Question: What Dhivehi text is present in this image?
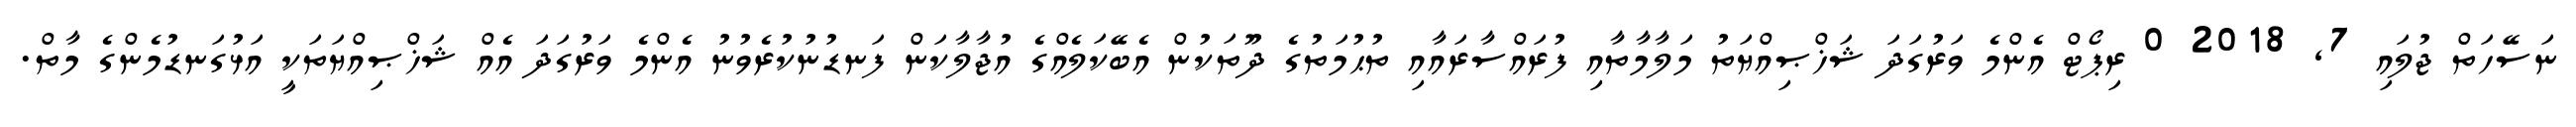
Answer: ނަސޭހަތް ޖުލައި 7, 2018 0 ރިޕޯޓް އެންމެ ވަރުގަދަ ޝަޚްޞިއްޔަތު މަލާމާތާއި ފުރައްސާރައާއި ތުޙުމަތުގެ ދޫތަކުން އެބޭކަލެއްގެ އުޖާލާކަން ފަނޑުނުކުރެވުނު އެންމެ ވަރުގަދަ އެއް ޝަޚްޞިއްޔަތަކީ އަޅުގަނޑުމެންގެ މާތް.